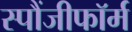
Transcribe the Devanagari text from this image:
स्पौंजीफॉर्म